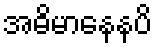
အဓိမာနေနပိ